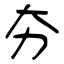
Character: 夯